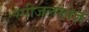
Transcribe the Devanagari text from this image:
स्पीजलग्लेज़